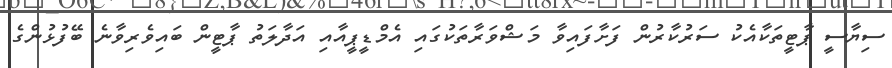
ސިޔާސީ ޕާޓީތަކާއެކު ސަރުކާރުން ފަށާފައިވާ މަޝްވަރާތަކުގައި އެމްޑީޕީއާއި އަދާލަތު ޕާޓީން ބައިވެރިވާނެ ބޭފުޅުންގެ